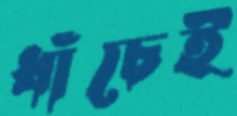
ধাঁচেই